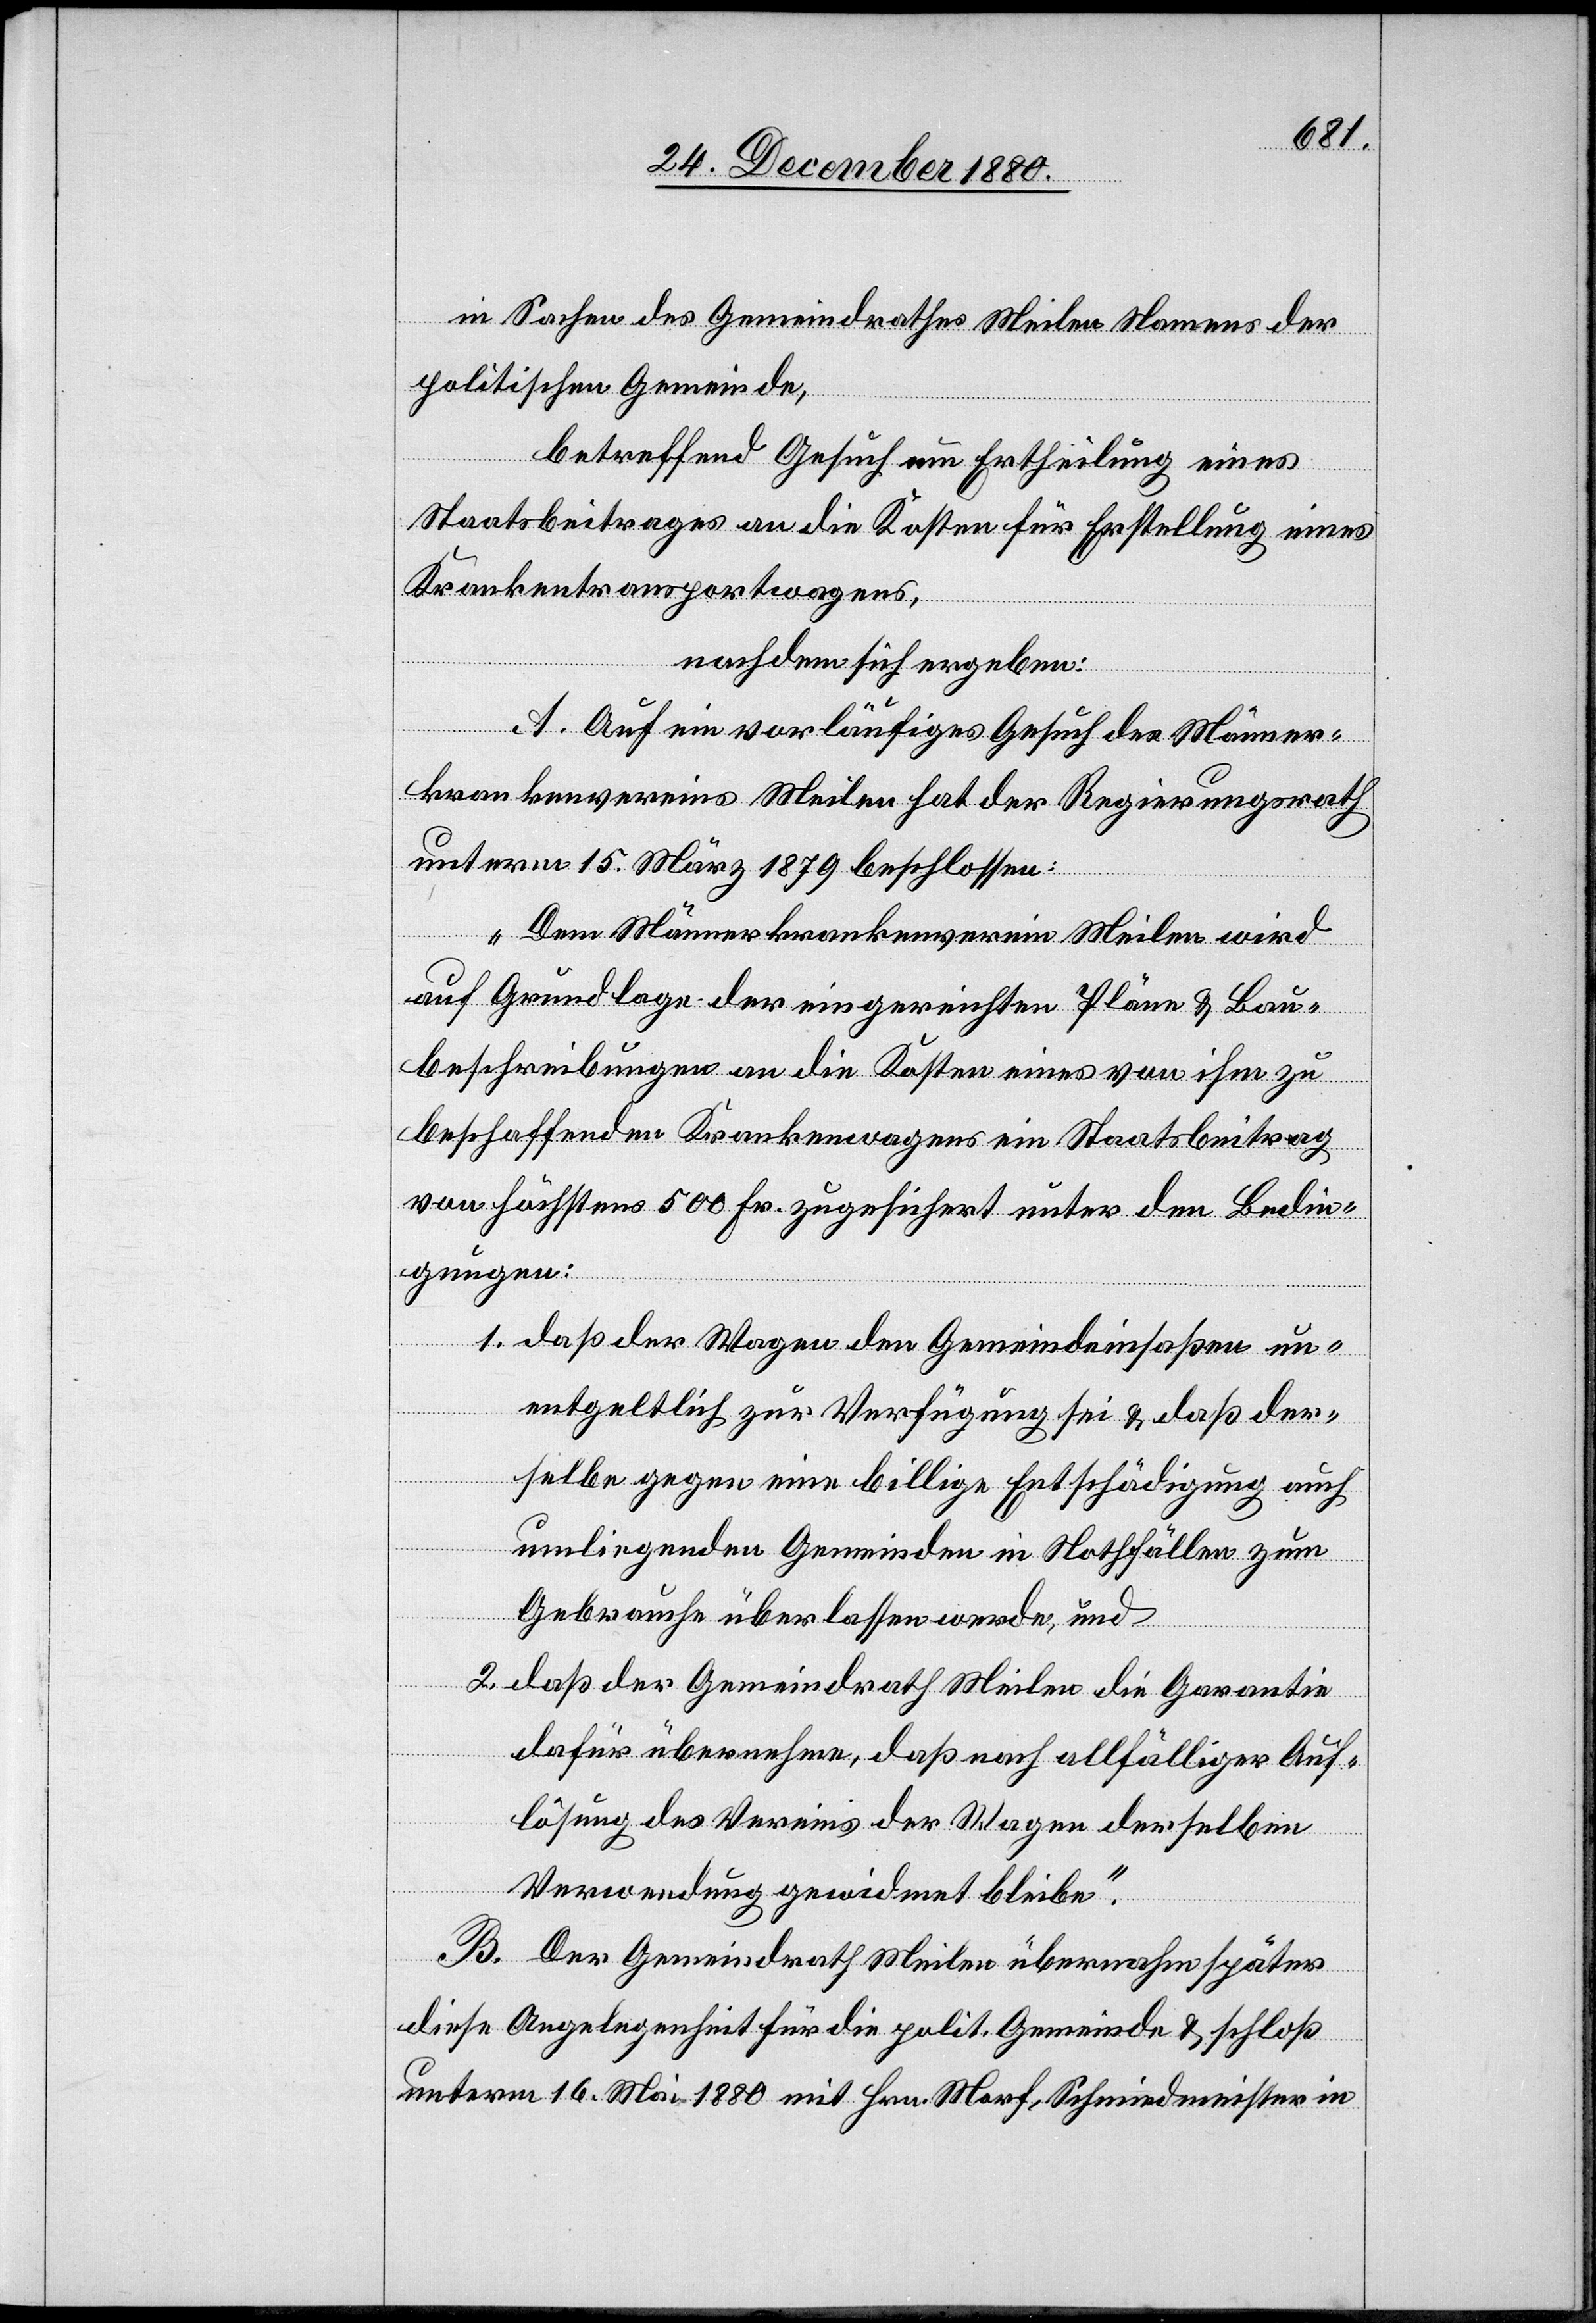
in Sachen des Gemeindrathes Meilen Namens der
politischen Gemeinde,
betreffend Gesuch um Ertheilung eines
Staatsbeitrages an die Kosten für Erstellung eines
Krankentransortwagens,
nachdem sich ergeben:
A. Auf ein vorläufiges Gesuch des Männer¬
krankenvereins Meilen hat der Regierungsrath
unterm 15. März 1879 beschlossen:
„Dem Männerkrankenverein Meilen wird
auf Grundlage der eingereichten Pläne & Bau¬
beschreibungen an die Kosten eines von ihm zu
beschaffenden Krankenwagens ein Staatsbeitrag
von höchstens 500 Fr. zugesichert unter den Bedin¬
gungen:
1. daß der Wagen den Gemeindeinsaßen un¬
entgeltlich zur Verfügung sei & daß der¬
selbe gegen eine billige Entschädigung auch
umliegenden Gemeinden in Nothfällen zum
Gebrauche überlassen werde, und
2. daß der Gemeindrath Meilen die Garantie
dafür übernehme, daß nach allfälliger Auf¬
lösung des Vereins der Wagen derselben
Verwendung gewidmet bleibe.“
B. Der Gemeindrath Meilen übernahm später
diese Angelegenheit für die polit. Gemeinde & schloß
unterm 16. Mai 1880 mit Hrn. Morf, Schmiedmeister in